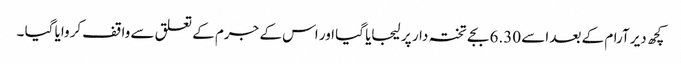
کچھ دیر آرام کے بعد اسے 6.30 بجے تختہ دار پر لیجایا گیا اور اس کے جرم کے تعلق سے واقف کروایا گیا ۔